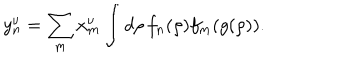
y _ { n } ^ { \nu } = \sum _ { m } x _ { m } ^ { \nu } \int d \rho \, f _ { n } ( \rho ) f _ { m } ( g ( \rho ) ) .